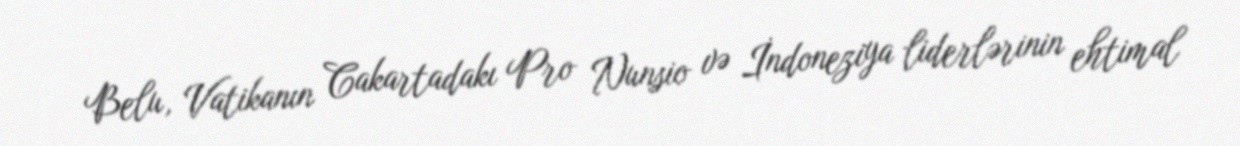
Belu, Vatikanın Cakartadakı Pro Nunsio və İndoneziya liderlərinin ehtimal